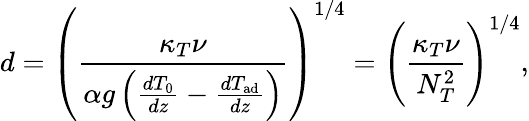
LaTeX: d=\left(\frac{\kappa_{T}\nu}{\alpha g\left(\frac{dT_{0}}{dz}-\frac{dT_{\mathrm{ad}}}{dz}\right)}\right)^{1/4}=\left(\frac{\kappa_{T}\nu}{N_{T}^{2}}\right)^{1/4},